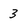
Character: 3